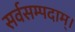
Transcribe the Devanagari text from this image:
सर्वसम्पदाम्‌।